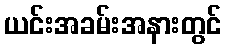
ယင်းအခမ်းအနားတွင်